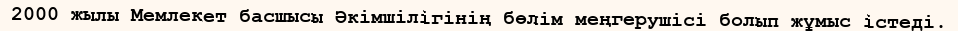
2000 жылы Мемлекет басшысы Әкімшілігінің бөлім меңгерушісі болып жұмыс істеді.